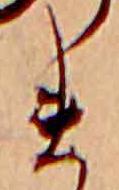
ま